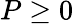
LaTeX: P\ge 0